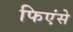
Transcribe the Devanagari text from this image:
फिएंसे